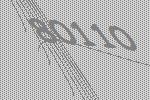
80110